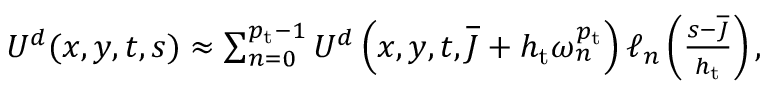
\begin{array} { r } { U ^ { d } ( \boldsymbol { x } , \boldsymbol { y } , t , s ) \approx \sum _ { n = 0 } ^ { { p _ { \mathrm { t } } } - 1 } U ^ { d } \left( \boldsymbol { x } , \boldsymbol { y } , t , \overline { { J } } + h _ { \mathrm { t } } \omega _ { n } ^ { p _ { \mathrm { t } } } \right) \ell _ { n } \left( \frac { s - \overline { { J } } } { h _ { \mathrm { t } } } \right) , } \end{array}